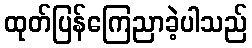
ထုတ်ပြန်ကြေညာခဲ့ပါသည်